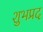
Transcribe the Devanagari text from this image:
शुभप्रद